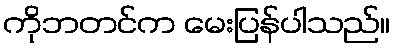
ကိုဘတင်က မေးပြန်ပါသည်။